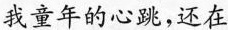
我童年的心跳，还在